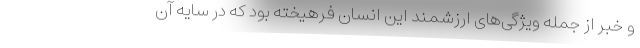
و خبر از جمله ویژگی‌های ارزشمند این انسان فرهیخته بود که در سایه آن